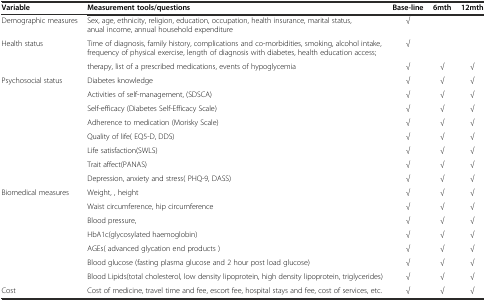
| Variable | Measurement tools/questions | Base-line | 6mth | 12mth |
 | --- | --- | --- | --- | --- |
 | Demographic measures | Sex, age, ethnicity, religion, education, occupation, health insurance, marital status, anual income, annual household expenditure | √ |  |  |
 | <ROWSPAN=2> Health status | Time of diagnosis, family history, complications and co-morbidities, smoking, alcohol intake, frequency of physical exercise, length of diagnosis with diabetes, health education access; | √ |  |  |
 | therapy, list of a prescribed medications, events of hypoglycemia | √ | √ | √ |
 | <ROWSPAN=8> Psychosocial status | Diabetes knowledge | √ | √ | √ |
 | Activities of self-management, (SDSCA) | √ | √ | √ |
 | Self-efficacy (Diabetes Self-Efficacy Scale) | √ | √ | √ |
 | Adherence to medication (Morisky Scale) | √ | √ | √ |
 | Quality of life( EQ5-D, DDS) | √ | √ | √ |
 | Life satisfaction(SWLS) | √ | √ | √ |
 | Trait affect(PANAS) | √ | √ | √ |
 | Depression, anxiety and stress( PHQ-9, DASS) | √ | √ | √ |
 | <ROWSPAN=7> Biomedical measures | Weight, , height | √ | √ | √ |
 | Waist circumference, hip circumference | √ | √ | √ |
 | Blood pressure, | √ | √ | √ |
 | HbA1c(glycosylated haemoglobin) | √ | √ | √ |
 | AGEs( advanced glycation end products ) | √ | √ | √ |
 | Blood glucose (fasting plasma glucose and 2 hour post load glucose) | √ | √ | √ |
 | Blood Lipids(total cholesterol, low density lipoprotein, high density lipoprotein, triglycerides) | √ | √ | √ |
 | Cost | Cost of medicine, travel time and fee, escort fee, hospital stays and fee, cost of services, etc. | √ | √ | √ |